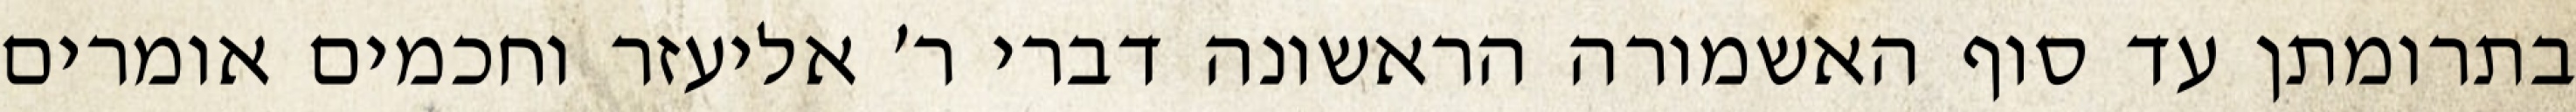
בתרומתן עד סוף האשמורה הראשונה דברי ר׳ אליעזר וחכמים אומרים